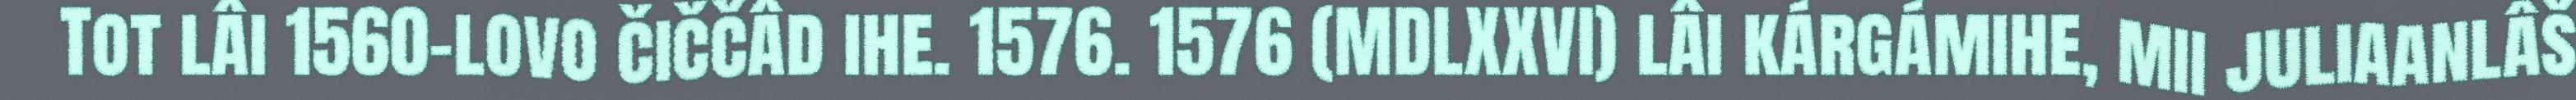
Tot lâi 1560-lovo čiččâd ihe. 1576. 1576 (MDLXXVI) lâi kárgámihe, mii juliaanlâš